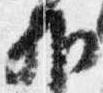
外